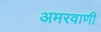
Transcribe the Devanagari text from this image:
अमरवाणी